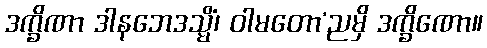
ဒက္ခိဏာ ဒါနဘေဒသ္မိံ၊ ဝါမတော’ညမှိ ဒက္ခိဏော။